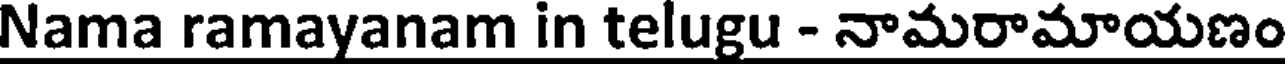
Nama ramayanam in telugu - నామరామాయణం